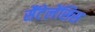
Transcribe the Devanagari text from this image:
सैंटेलेंसिस